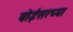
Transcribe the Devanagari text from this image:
बोईसरच्या